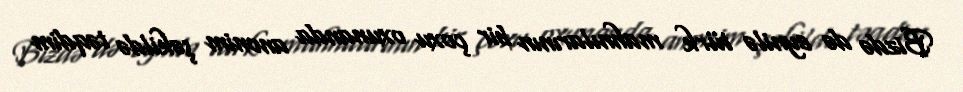
Bizdə də eynilə türk mahnılarının bir çoxu oxunanda anonim şəkildə təqdim